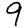
Digit: 9